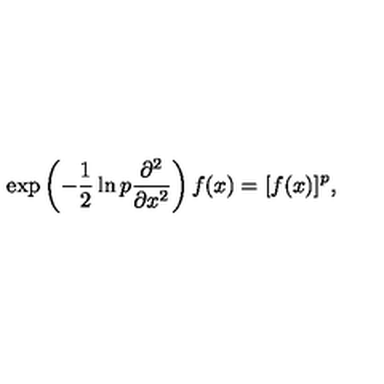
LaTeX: \exp \left( - \frac { 1 } { 2 } \ln p \frac { \partial ^ { 2 } } { \partial x ^ { 2 } } \right) f ( x ) = [ f ( x ) ] ^ { p } ,